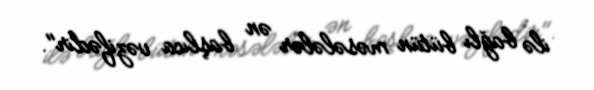
ilə bağlı bütün məsələlər ən başlıca vəzifədir".